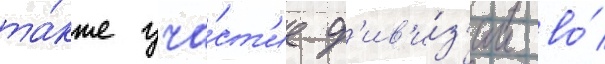
та́кже уча́ст'ие д'ив'и́з'ии во́